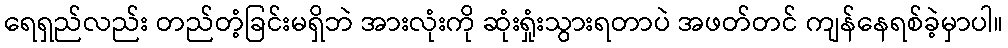
ရေရှည်လည်း တည်တံ့ခြင်းမရှိဘဲ အားလုံးကို ဆုံးရှုံးသွားရတာပဲ အဖတ်တင် ကျန်နေရစ်ခဲ့မှာပါ။